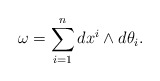
\begin{align*}\omega=\sum_{i=1}^n dx^i\wedge d\theta_i.\end{align*}